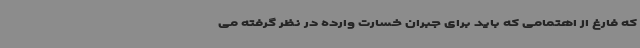
که فارغ از اهتمامی که باید برای جبران خسارت وارده در نظر گرفته می